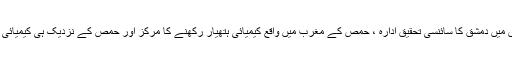
امریکی محکمہ دفاع کا کہنا ہے کہ شام میں تین اہداف کو نشانہ بنایا گیا جس میں دمشق کا سائنسی تحقیق ادارہ ، حمص کے مغرب میں واقع کیمیائی ہتھیار رکھنے کا مرکز اور حمص کے نزدیک ہی کیمیائی ہتھیاروں کے ساز و سامان رکھنے کی جگہ اور اہم کمانڈ پوسٹ شامل ہیں ۔